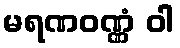
မရဏဝဏ္ဏံ ဝါ